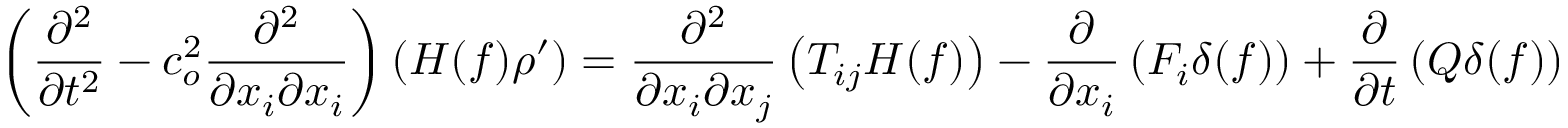
\left( \frac { \partial ^ { 2 } } { \partial t ^ { 2 } } - c _ { o } ^ { 2 } \frac { \partial ^ { 2 } } { \partial x _ { i } \partial x _ { i } } \right) \left( H ( f ) \rho ^ { \prime } \right) = \frac { \partial ^ { 2 } } { \partial x _ { i } \partial x _ { j } } \left( T _ { i j } H ( f ) \right) - \frac { \partial } { \partial x _ { i } } \left( F _ { i } \delta ( f ) \right) + \frac { \partial } { \partial t } \left( Q \delta ( f ) \right)